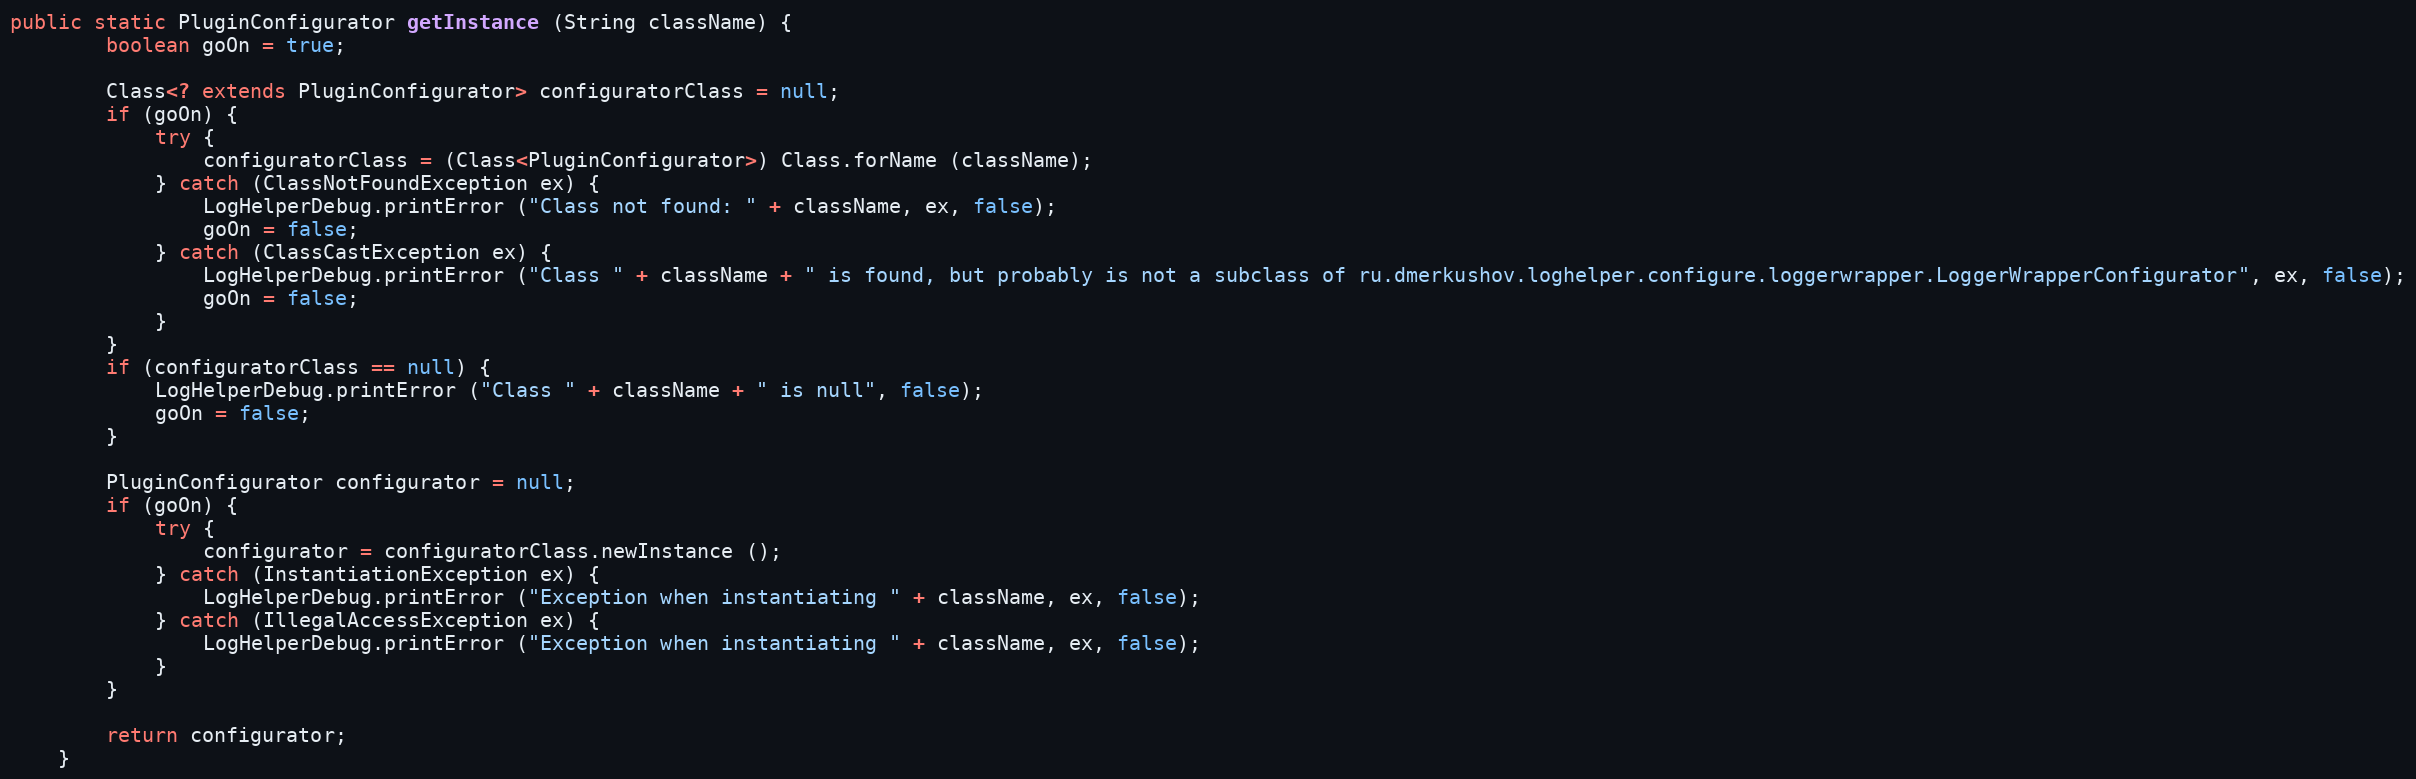
Language: Java
public static PluginConfigurator getInstance (String className) {
		boolean goOn = true;

		Class<? extends PluginConfigurator> configuratorClass = null;
		if (goOn) {
			try {
				configuratorClass = (Class<PluginConfigurator>) Class.forName (className);
			} catch (ClassNotFoundException ex) {
				LogHelperDebug.printError ("Class not found: " + className, ex, false);
				goOn = false;
			} catch (ClassCastException ex) {
				LogHelperDebug.printError ("Class " + className + " is found, but probably is not a subclass of ru.dmerkushov.loghelper.configure.loggerwrapper.LoggerWrapperConfigurator", ex, false);
				goOn = false;
			}
		}
		if (configuratorClass == null) {
			LogHelperDebug.printError ("Class " + className + " is null", false);
			goOn = false;
		}

		PluginConfigurator configurator = null;
		if (goOn) {
			try {
				configurator = configuratorClass.newInstance ();
			} catch (InstantiationException ex) {
				LogHelperDebug.printError ("Exception when instantiating " + className, ex, false);
			} catch (IllegalAccessException ex) {
				LogHelperDebug.printError ("Exception when instantiating " + className, ex, false);
			}
		}

		return configurator;
	}